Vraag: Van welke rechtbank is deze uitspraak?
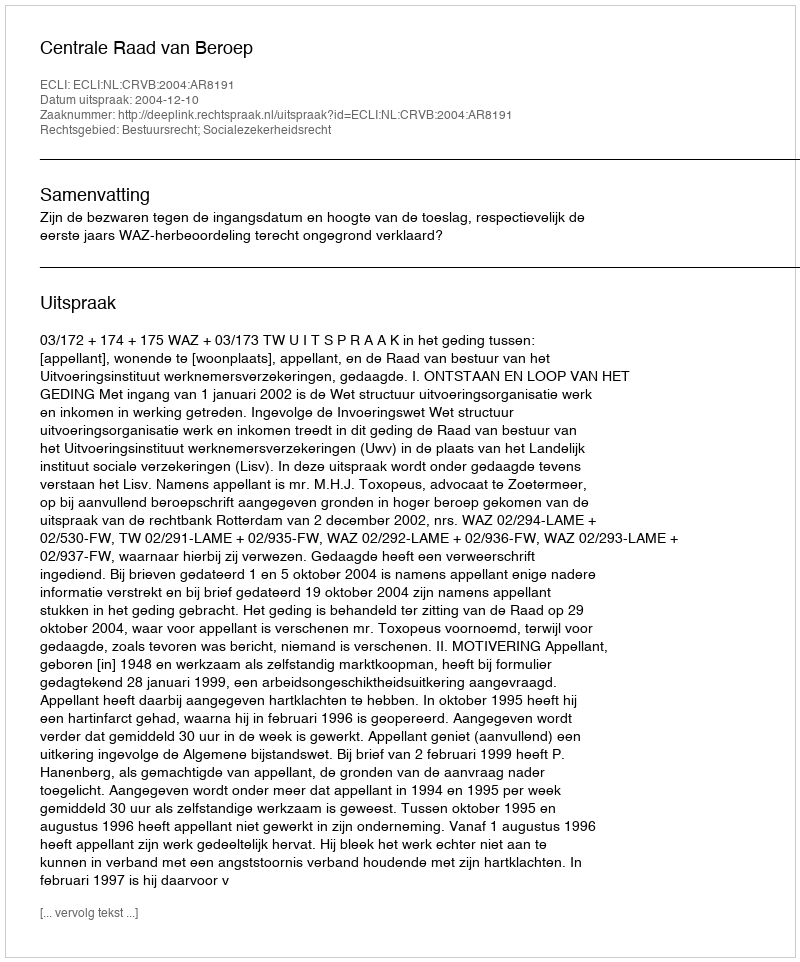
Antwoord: Centrale Raad van Beroep